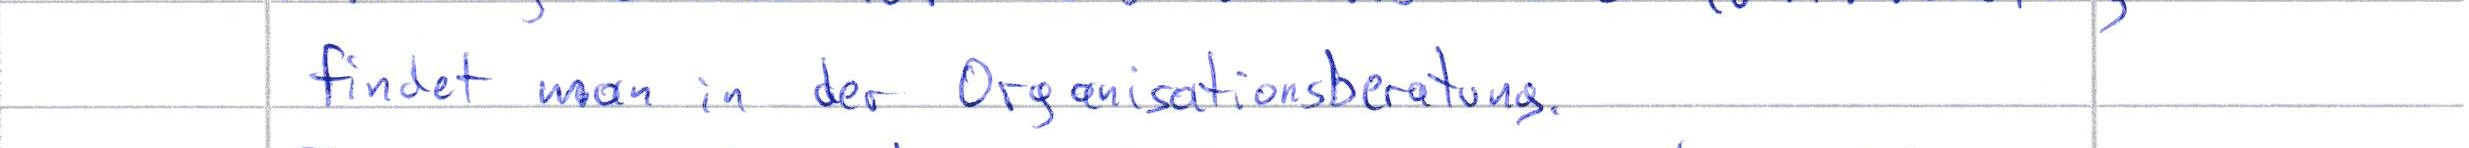
findet man in der Organisationsberatung